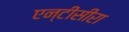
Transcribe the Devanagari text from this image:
एन्टीसीरा